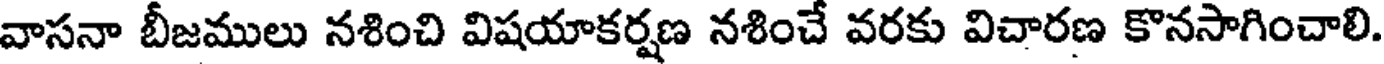
వాసనా బీజములు నశించి విషయాకర్షణ నశించే వరకు విచారణ కొనసాగించాలి